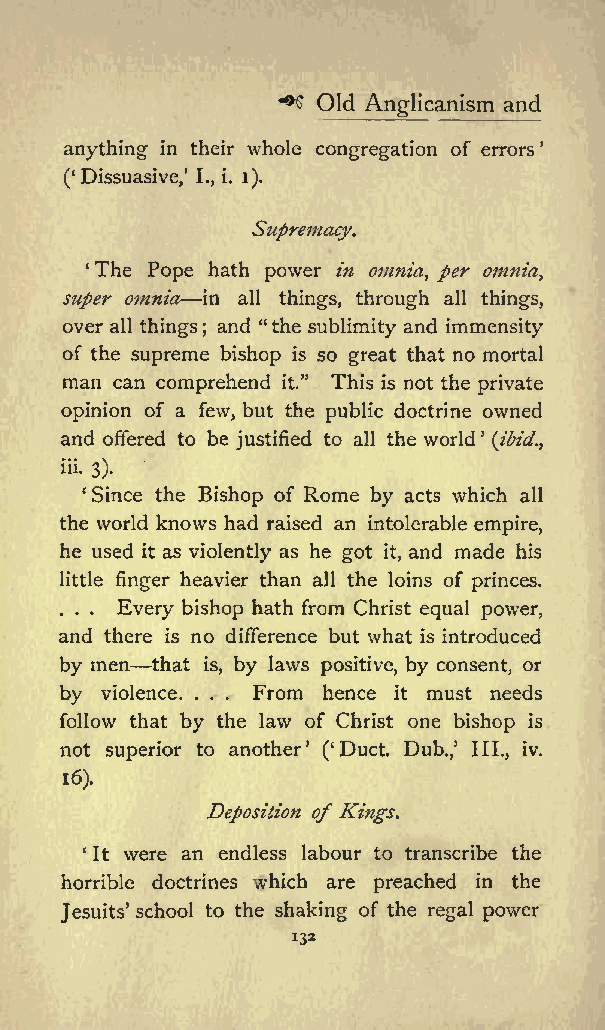
^
 Old Anglicanism and
 anything in their whole congregation of errors
 ( Dissuasive, I., i. i).
 Supremacy.
 The Pope hath power in omnia, per omnia,
 super omnia in all things, through all things,
 over all things and &quot;the sublimity and immensity
 ;
 of the supreme bishop is so great that no mortal
 man can comprehend it.&quot; This is not the private
 opinion of a few, but the public doctrine owned
 and offered to be justified to all the world (ibid.,
 iii. 3).
 Since the Bishop of Rome by acts which all
 the world knows had raised an intolerable empire,
 he used it as violently as he got it, and made his
 little finger heavier than all the loins of princes.
 . . . Every bishop hath from Christ equal power,
 and there is no difference but what is introduced
 by men that is, by laws positive, by consent, or
 by violence. . . . From hence it must needs
 follow that by the law of Christ one bishop is
 not superior to another ( Duct. Dub., III., iv.
 16).
 Deposition of Kings.
 It were an endless labour to transcribe the
 horrible doctrines which are preached in the
 Jesuits school to the shaking of the regal power
 132